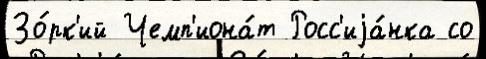
Зо́рк'ий Чемп'иона́т Росс'иjа́нка со